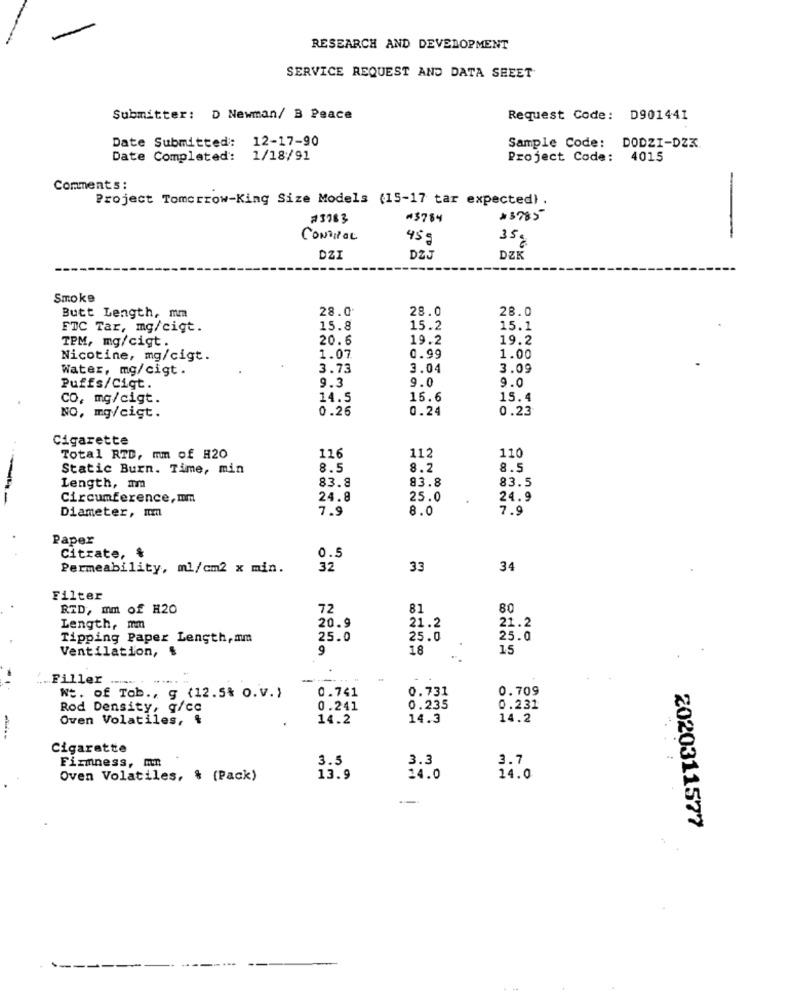
RESEARCH AND DEVELOPMENT
SERVICE REQUEST AND DATA SHEET
Submitter: D Newman/ B Peace
Request Code: D901441
Date Submitted: 12-17-90
Sample Code: DODZI-DZZ
Date Completed: 1/18/91
Project Code: 4015
Comments :
Project Tomorrow-King Size Models (15-17 tar expected) .
#3783
#$784
>3785
CONTROL
45g
350
DZI
DZJ
DZK
Smoke
28.0
28.0
28.0
Butt Length, mm
FTC Tar, mg/cigt.
15.8
15.2
15.1
20.6
19.2
19.2
TPM, mg/cigt.
Nicotine, mg/cigt.
1.07
0.99
1.00
Water, mg/cigt.
3.73
3.04
3.09
Puffs/Cigt.
9.3
9.0
9.0
CO, mg/cigt.
14.5
15.6
15.4
0.26
0.24
0.23
NO, mg/cigt.
Cigarette
Total RTD, mm of H20
116
112
110
Static Burn. Time, min
8.5
8.2
8.5
83.8
83.5
Length, mm
83.8
Circumference, mm
24.8
25.0
24.9
Diameter, mm
7.9
8.0
7.9
Paper
Citrate, $
0.5
Permeability, ml/cm2 x min.
32
33
34
Filter
RTD, mm of H20
72
81
80
20.9
Length, mm
21.2
21.2
Tipping Paper Length, mm
25.0
25.0
25.0
Ventilation,
9
18
15
... Filler
0.741
0.731
0.709
Wt. of Tob ., g (12.5% O.V.)
Rod Density, g/cc
0.241
0.235
0.231
Oven Volatiles, &
14.2
14.3
14.2
Cigarette
Firmness, mm
3.5
3.3
3.7
.. : :
Oven Volatiles, % (Pack)
13.9
14.0
14.0
2020311577